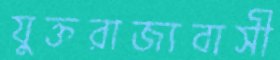
যুক্তরাজ্যবাসী